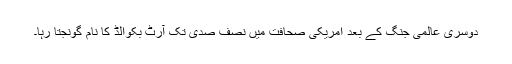
دوسری عالمی جنگ کے بعد امریکی صحافت میں نصف صدی تک آرٹ بکوالڈ کا نام گونجتا رہا۔